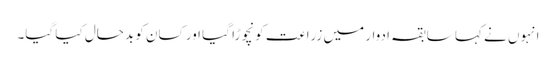
انہوں نے کہا سابقہ ادوار میں زراعت کو نچوڑا گیا اور کسان کو بدحال کیا گیا۔